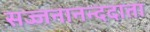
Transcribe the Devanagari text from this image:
सज्जनानन्ददाता